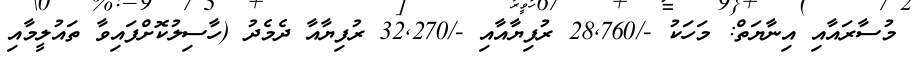
މުސާރައާއި އިނާޔަތް: މަހަކު -/28